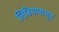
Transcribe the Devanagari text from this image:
लिबियापासून